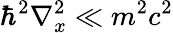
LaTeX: \hbar^{2}\nabla_{x}^{2}\ll m^{2}c^{2}